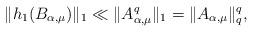
LaTeX: \begin{align*}\|h_1(B_{\alpha, \mu})\|_1 \ll \|A_{\alpha, \mu}^q\|_1= \|A_{\alpha, \mu}\|_q^q,\end{align*}